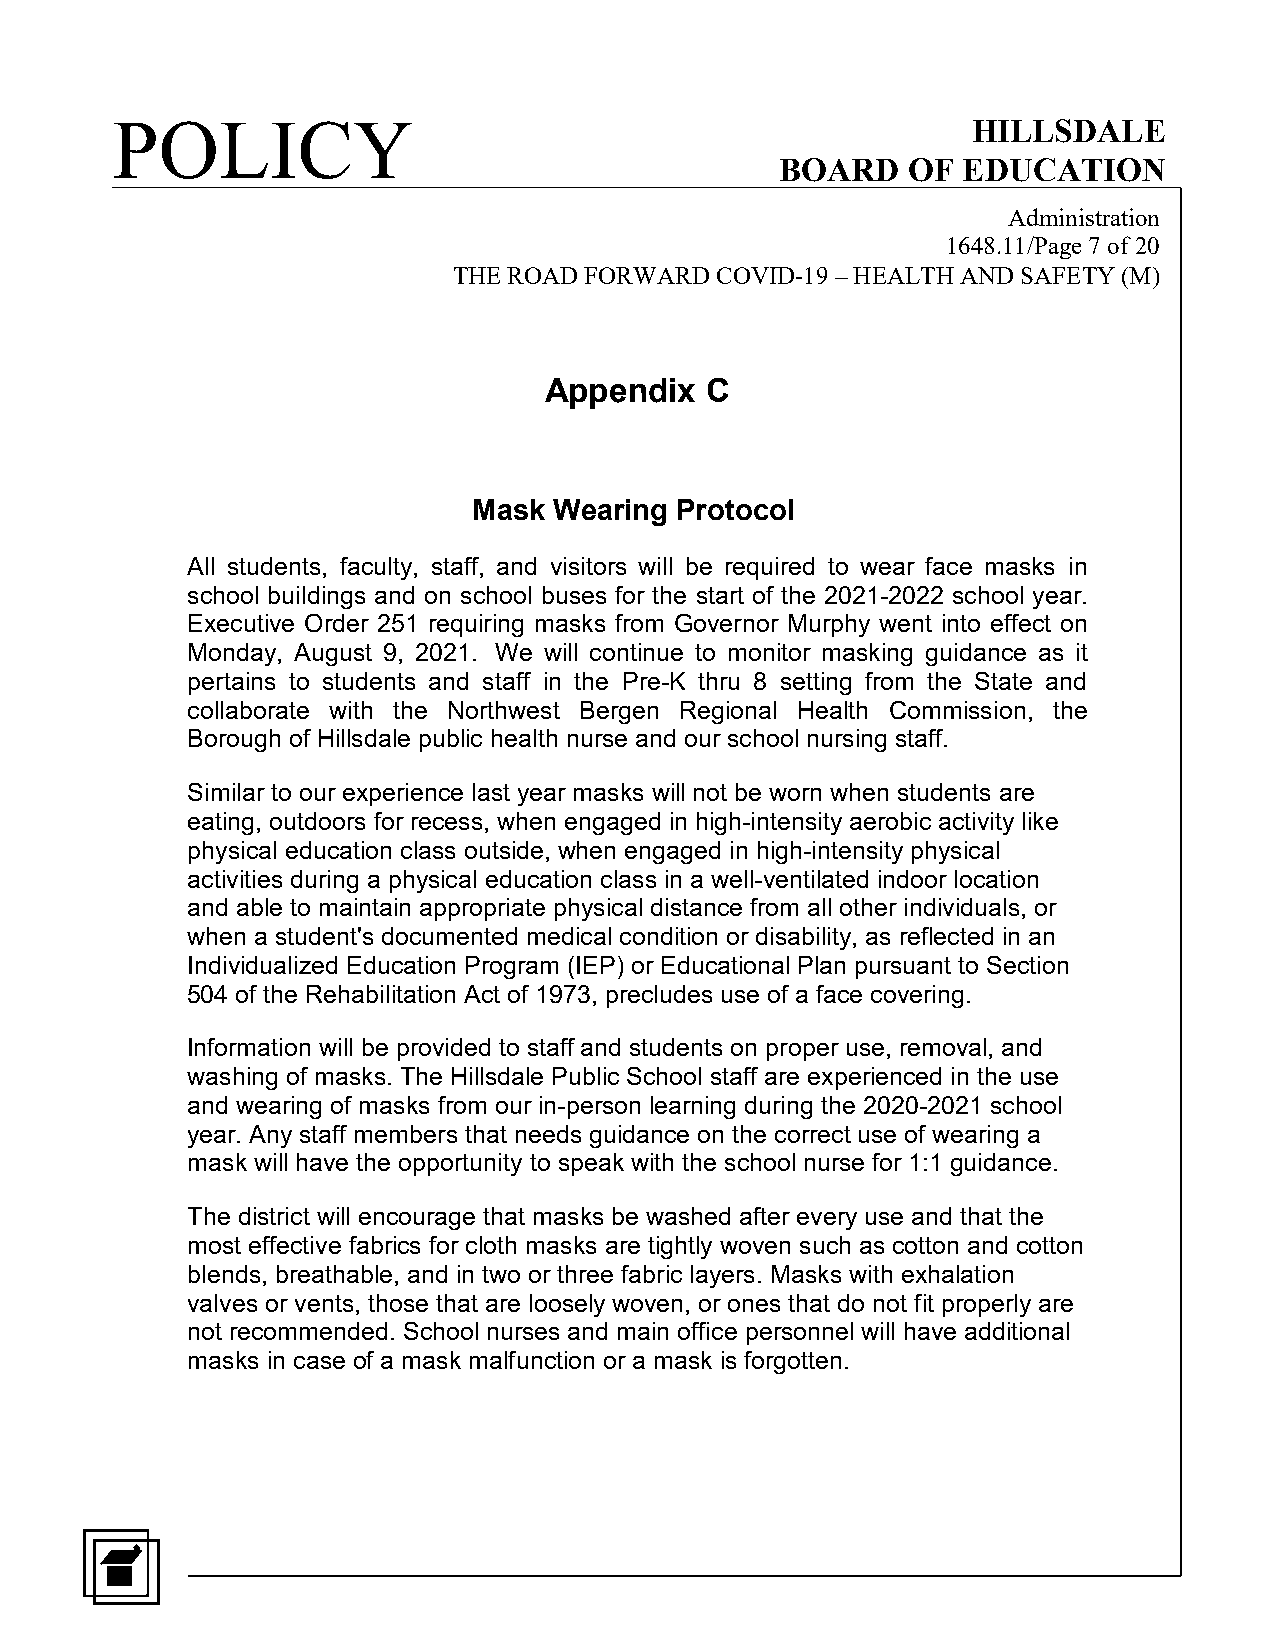
POLICY                                                   HILLSDALE
 BOARD   OF  EDUCATION
 Administration
 1648.11/Page 7 of 20
 THE ROAD FORWARD COVID-19 – HEALTH AND SAFETY (M)
 Appendix   C
 Mask  Wearing Protocol
 All students, faculty, staff, and visitors will be required to wear face masks in
 school buildings and on school buses for the start of the 2021-2022 school year.
 Executive Order 251 requiring masks from Governor Murphy went into effect on
 Monday, August 9, 2021. We will continue to monitor masking guidance as it
 pertains to students and staff in the Pre-K thru 8 setting from the State and
 collaborate with the Northwest Bergen Regional Health Commission, the
 Borough of Hillsdale public health nurse and our school nursing staff.
 Similar to our experience last year masks will not be worn when students are
 eating, outdoors for recess, when engaged in high-intensity aerobic activity like
 physical education class outside, when engaged in high-intensity physical
 activities during a physical education class in a well-ventilated indoor location
 and able to maintain appropriate physical distance from all other individuals, or
 when a student's documented medical condition or disability, as reflected in an
 Individualized Education Program (IEP) or Educational Plan pursuant to Section
 504 of the Rehabilitation Act of 1973, precludes use of a face covering.
 Information will be provided to staff and students on proper use, removal, and
 washing of masks. The Hillsdale Public School staff are experienced in the use
 and wearing of masks from our in-person learning during the 2020-2021 school
 year. Any staff members that needs guidance on the correct use of wearing a
 mask will have the opportunity to speak with the school nurse for 1:1 guidance.
 The district will encourage that masks be washed after every use and that the
 most effective fabrics for cloth masks are tightly woven such as cotton and cotton
 blends, breathable, and in two or three fabric layers. Masks with exhalation
 valves or vents, those that are loosely woven, or ones that do not fit properly are
 not recommended. School nurses and main office personnel will have additional
 masks in case of a mask malfunction or a mask is forgotten.